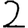
Digit: 2